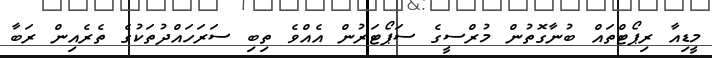
މީޑިއާ ރިޕޯޓްތައް ބުނާގޮތުން މުރްސީގެ ސަޕޯޓަރުން އެއްވެ ތިބި ސަރަހައްދުތަކުގެ ތެރެއިން ރަބާ